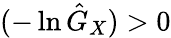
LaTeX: (-\ln{\hat{G}}_{X})>0